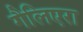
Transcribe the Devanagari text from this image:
गैलिएरा